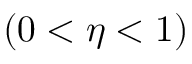
( 0 < \eta < 1 )